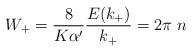
LaTeX: \begin{align*}W_+=\frac{8}{K\alpha'}\frac{E(k_+)}{k_+}=2\pi\;n\end{align*}